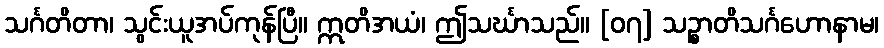
သင်္ဂတိတာ၊ သွင်းယူအပ်ကုန်ပြီ။ ဣတိအယံ၊ ဤသင်္ဃာသည်။ [၀၇] သဉ္စာတိသင်္ဂဟောနာမ၊